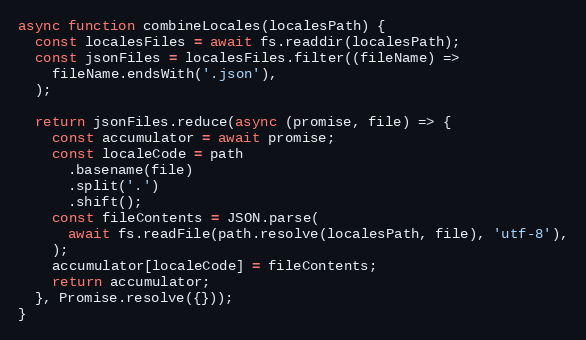
Language: JavaScript
async function combineLocales(localesPath) {
  const localesFiles = await fs.readdir(localesPath);
  const jsonFiles = localesFiles.filter((fileName) =>
    fileName.endsWith('.json'),
  );

  return jsonFiles.reduce(async (promise, file) => {
    const accumulator = await promise;
    const localeCode = path
      .basename(file)
      .split('.')
      .shift();
    const fileContents = JSON.parse(
      await fs.readFile(path.resolve(localesPath, file), 'utf-8'),
    );
    accumulator[localeCode] = fileContents;
    return accumulator;
  }, Promise.resolve({}));
}